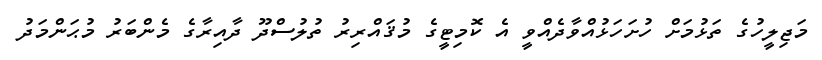
މަޖިލީހުގެ ތަޅުމަށް ހުށަހަޅުއްވާދެއްވީ އެ ކޮމިޓީގެ މުޤައްރިރު ތުލުސްދޫ ދާއިރާގެ މެންބަރު މުޙަންމަދު